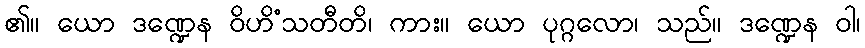
၏။ ယော ဒဏ္ဍေန ဝိဟိံသတီတိ၊ ကား။ ယော ပုဂ္ဂလော၊ သည်။ ဒဏ္ဍေန ဝါ၊